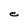
Character: e